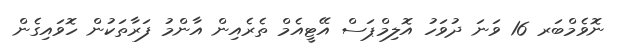
ނޮވެމްބަރ 16 ވަނަ ދުވަހު އޮލިމްޕަސް އޭޓީއެމް ތެރެއިން އާންމު ފަރާތަކުން ހޮވައިގެން